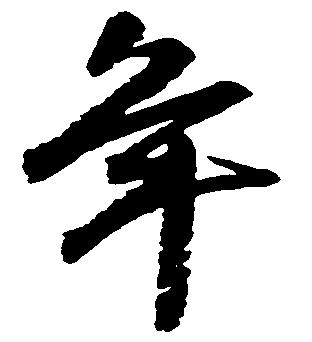
年